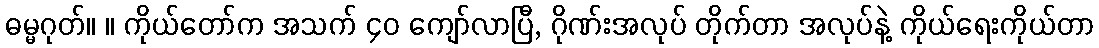
ဓမ္မဂုတ်။ ။ ကိုယ်တော်က အသက် ၄၀ ကျော်လာပြီ, ဂိုဏ်းအလုပ် တိုက်တာ အလုပ်နဲ့ ကိုယ်ရေးကိုယ်တာ